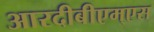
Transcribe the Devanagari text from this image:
आरदीबीएम्एस